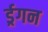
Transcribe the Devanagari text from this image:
र्ड्रगन